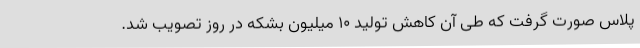
پلاس صورت گرفت که طی آن کاهش تولید 10 میلیون بشکه در روز تصویب شد.